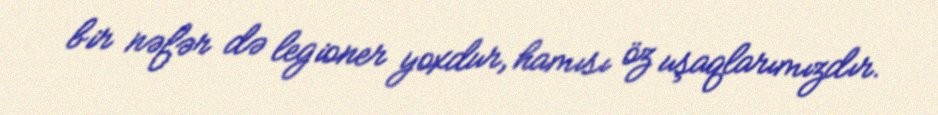
bir nəfər də legioner yoxdur, hamısı öz uşaqlarımızdır.